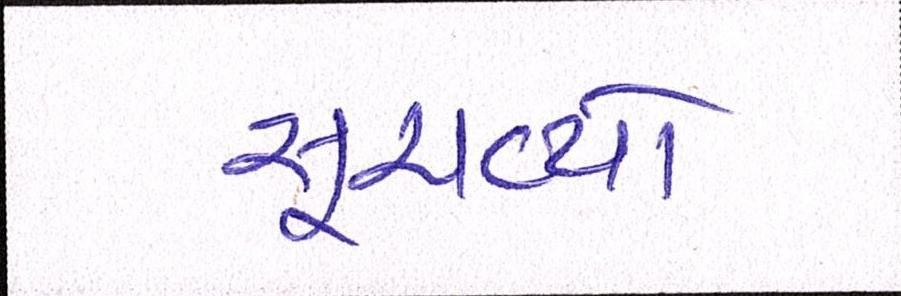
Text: સૂચવ્યો